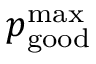
p _ { \mathrm { g o o d } } ^ { \mathrm { m a x } }